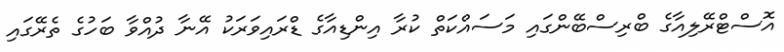
އޮސްޓްރޭލިއާގެ ބްރިސްބޭންގައި މަސައްކަތް ކުރާ އިންޑިއާގެ ޑްރައިވަރަކު އޭނާ ދުއްވާ ބަހުގެ ތެރޭގައި